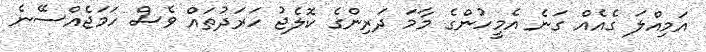
އަމިއްލަ ގެއެއް ގަނެ އެމީހުންގެ މާމަ ދަރިންގެ ކޮލެޖު ހަރަދުތައް ވެސް ހަމަޖެއްސޭނެ